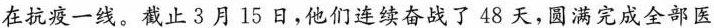
在抗疫一线。截止3月15日，他们连续奋战了48天，圆满完成全部医